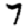
Digit: 7